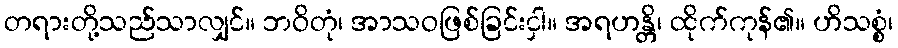
တရားတို့သည်သာလျှင်။ ဘဝိတုံ၊ အာသဝဖြစ်ခြင်းငှါ။ အရဟန္တိ၊ ထိုက်ကုန်၏။ ဟိသစ္စံ၊